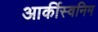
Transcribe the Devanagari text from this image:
आर्कीस्वनिम